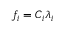
f _ { i } = C _ { i } \lambda _ { i }